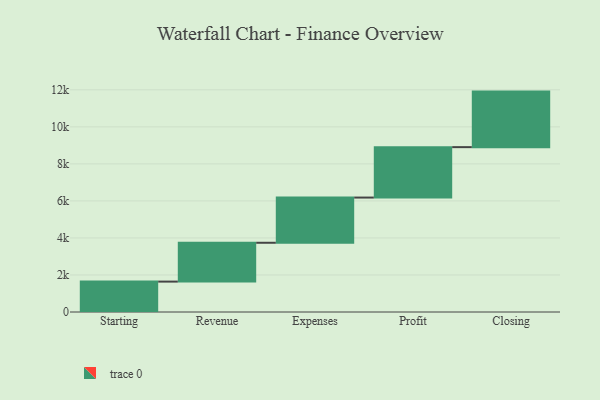
{"axis": {"x": "Step", "y": "Value"}, "legend": [""], "data": [{"x": "Starting", "y": 1642.0, "type": ""}, {"x": "Revenue", "y": 2097.0, "type": ""}, {"x": "Expenses", "y": 2442.0, "type": ""}, {"x": "Profit", "y": 2723.0, "type": ""}, {"x": "Closing", "y": 3000, "type": ""}]}